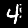
Digit: 4